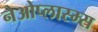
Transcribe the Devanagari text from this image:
नेओप्लास्म्स